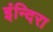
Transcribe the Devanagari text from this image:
इंन्दिरा